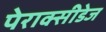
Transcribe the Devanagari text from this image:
पेराक्सीडेज